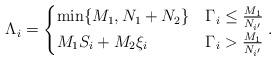
LaTeX: \begin{align*} \Lambda_i = \begin{cases} \min\{M_1,N_1+N_2\}& \Gamma_i \leq \frac{M_1}{N_{i^\prime}} \cr M_1 S_i + M_2\xi_i &\Gamma_i > \frac{M_1}{N_{i^\prime}}\cr \end{cases}.\end{align*}